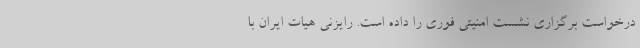
درخواست برگزاری نشست امنیتی فوری را داده است. رایزنی هیات ایران با